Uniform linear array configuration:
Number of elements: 24
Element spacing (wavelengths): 0.75
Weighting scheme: kaiser
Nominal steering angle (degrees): -15
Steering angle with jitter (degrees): -15.454
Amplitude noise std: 0.05
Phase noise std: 0.05

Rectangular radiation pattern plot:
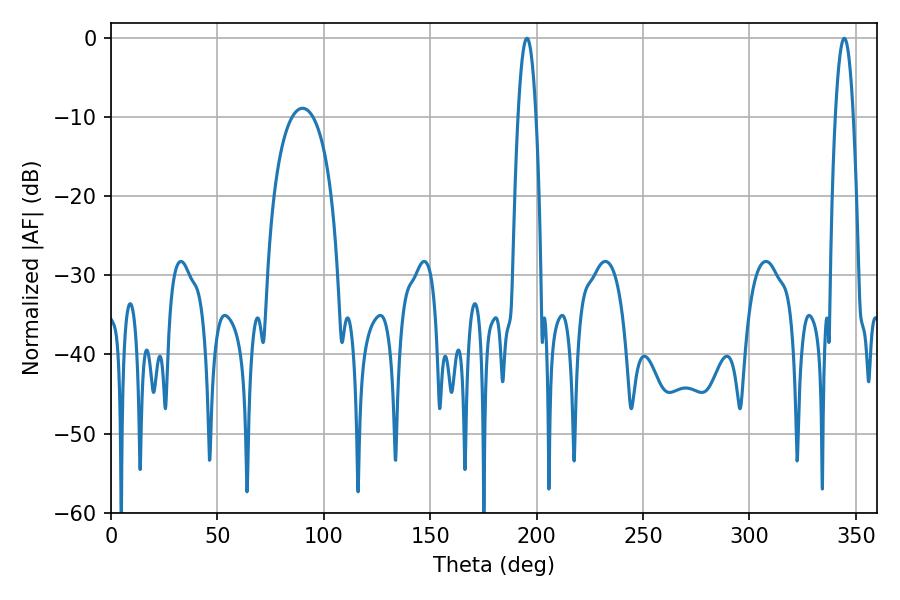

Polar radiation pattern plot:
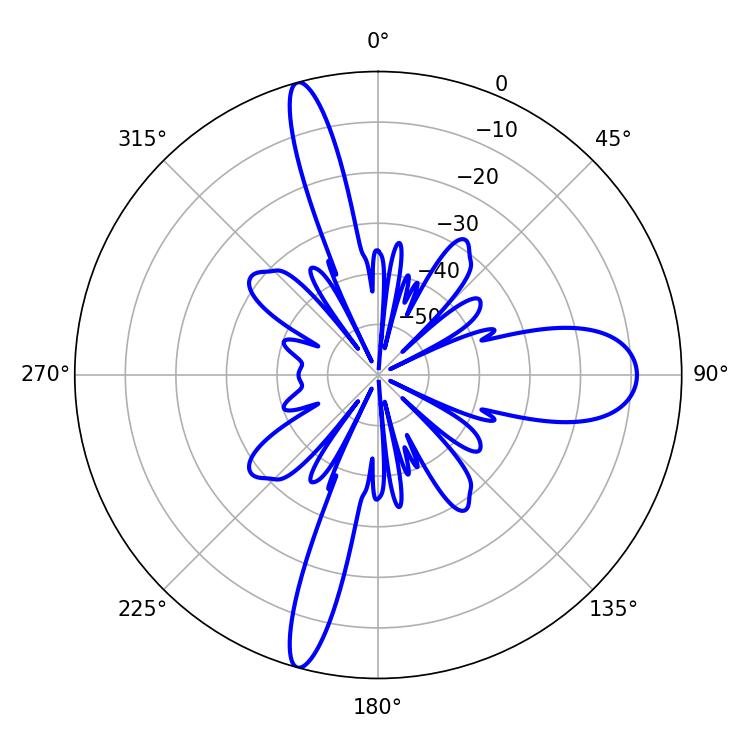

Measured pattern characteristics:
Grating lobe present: TRUE
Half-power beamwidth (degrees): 4.68
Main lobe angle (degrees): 195.48